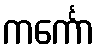
ကင်္ကော